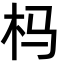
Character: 杩